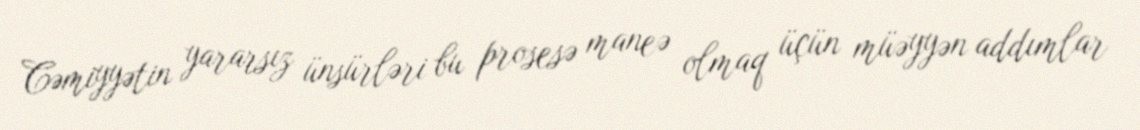
Cəmiyyətin yararsız ünsürləri bu prosesə maneə olmaq üçün müəyyən addımlar